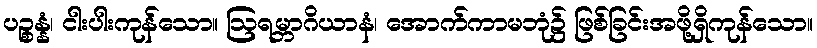
ပဉ္စန္နံ၊ ငါးပါးကုန်သော။ ဩရမ္ဘာဂိယာနံ၊ အောက်ကာမဘုံ၌ ဖြစ်ခြင်းအဖို့ရှိကုန်သော။